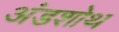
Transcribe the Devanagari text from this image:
अंडशोथ